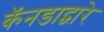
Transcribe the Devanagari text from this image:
कॅनडाद्वारे